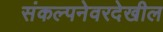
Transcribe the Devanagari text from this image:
संकल्पनेवरदेखील